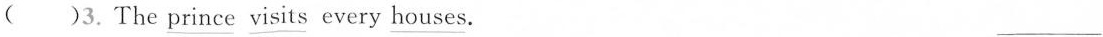
( )3. The \underline{prince} \underline{visits} every \underline{houses}. ___